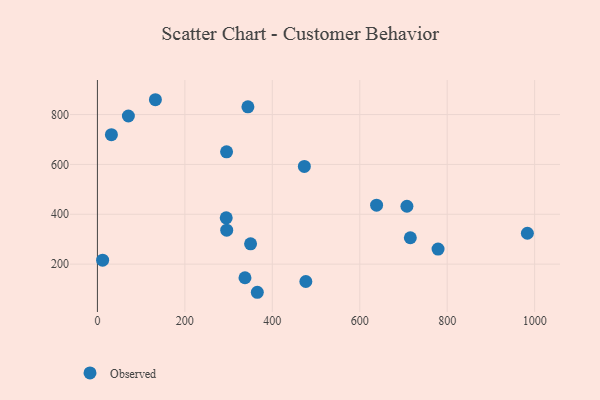
{"axis": {"x": "Distance", "y": "Demand"}, "legend": ["Observed"], "data": [{"x": "295.4", "y": 650.3, "type": "Observed"}, {"x": "473.3", "y": 591.8, "type": "Observed"}, {"x": "11.9", "y": 215.6, "type": "Observed"}, {"x": "638.5", "y": 436.3, "type": "Observed"}, {"x": "350.3", "y": 281.4, "type": "Observed"}, {"x": "779.1", "y": 260.5, "type": "Observed"}, {"x": "70.8", "y": 794.2, "type": "Observed"}, {"x": "707.9", "y": 432.2, "type": "Observed"}, {"x": "32.0", "y": 719.3, "type": "Observed"}, {"x": "983.4", "y": 323.9, "type": "Observed"}, {"x": "295.7", "y": 336.1, "type": "Observed"}, {"x": "132.6", "y": 859.5, "type": "Observed"}, {"x": "715.7", "y": 305.7, "type": "Observed"}, {"x": "365.7", "y": 87.0, "type": "Observed"}, {"x": "476.7", "y": 130.2, "type": "Observed"}, {"x": "344.2", "y": 831.2, "type": "Observed"}, {"x": "337.5", "y": 145.3, "type": "Observed"}, {"x": "294.6", "y": 385.7, "type": "Observed"}]}